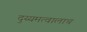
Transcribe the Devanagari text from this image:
दुय्यमत्वालाच